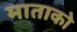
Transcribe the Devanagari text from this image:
माताको